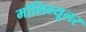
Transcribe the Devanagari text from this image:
मॉलिम्यूलर